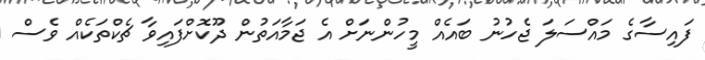
ފައިސާގެ މައްސަލަ ޖެހުނު ބައެއް މީހުންނަށް އެ ޖަމާއަތުން ދޫކޮށްފައިވާ ޗެކްތަކެއް ވެސް